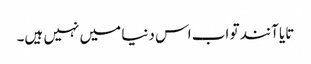
تایا آنند تو اب اس دنیا میں نہیں ہیں۔